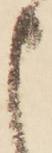
申